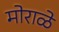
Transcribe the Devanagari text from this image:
मोराळे